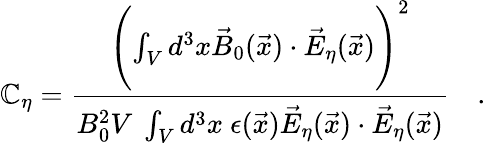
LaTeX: \mathbb{C}_{\eta}={\frac{{\Biggl(\int_{V}d^{3}x\vec{{B}}_{0}(\vec{{x}})\cdot\vec{{E}}_{\eta}(\vec{{x}})\Biggr)^{2}}}{{B_{0}^{2}V~\int_{V}d^{3}x~\epsilon(\vec{{x}})\vec{{E}}_{\eta}(\vec{{x}})\cdot\vec{{E}}_{\eta}(\vec{{x}})}}}~~~\ .